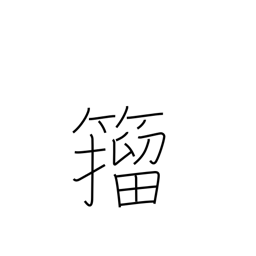
Meaning: a style of calligraphy